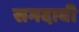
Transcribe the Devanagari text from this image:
सगदाबी